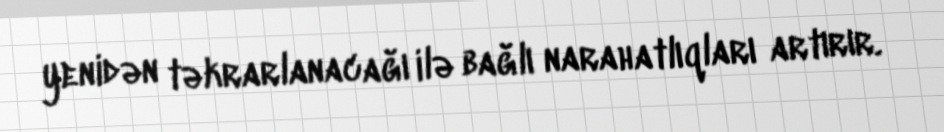
yenidən təkrarlanacağı ilə bağlı narahatlıqları artırır.